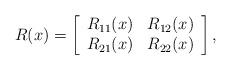
LaTeX: \begin{align*}R(x)=\left[\begin{array}{cc}R_{11}(x)&R_{12}(x)\\R_{21}(x)&R_{22}(x)\end{array}\right],\end{align*}